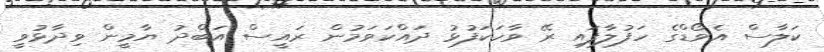
ކަލާސް އެވޯޑްގެ ހަފުލާފައި ރޭ ވާހަކަފުޅު ދައްކަވަމުން ރައީސް އަބްދު ޔާމީން ވިދާޅުވީ